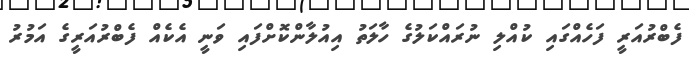
ފެބްރުއަރީ ފަހެއްގައި ކުއްލި ނުރައްކަލުގެ ހާލަތު އިއުލާންކޮށްފައި ވަނީ އެކެއް ފެބްރުއަރީގެ އަމުރު